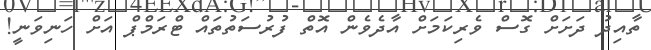
ތާއިދު ދަށަށް ގޮސް ވެރިކަމަށް އާދެވެން އޮތް ފުރުސަތުތައް ޓްރަމްޕް އަށް ހަނިވަނީ!